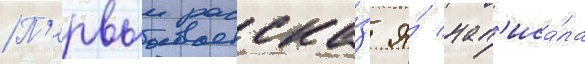
П'ервыи расска́з я́ нап'иса́ла